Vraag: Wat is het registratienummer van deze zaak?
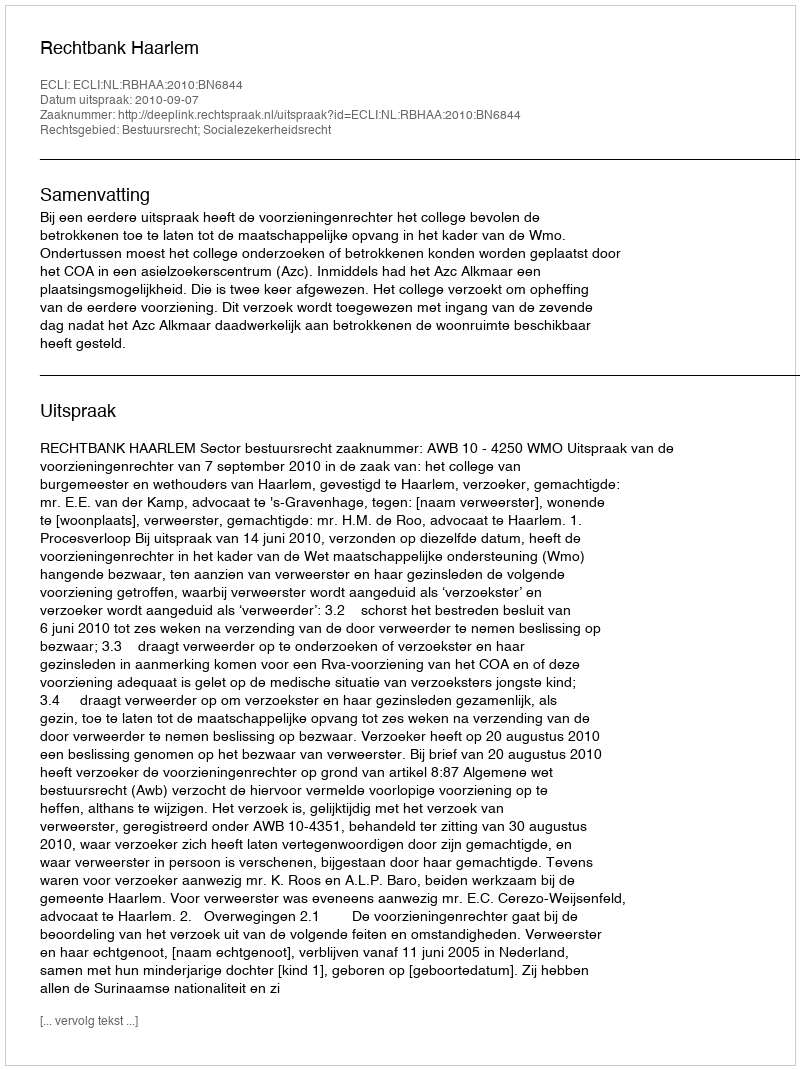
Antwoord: http://deeplink.rechtspraak.nl/uitspraak?id=ECLI:NL:RBHAA:2010:BN6844